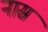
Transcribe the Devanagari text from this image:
नास्र